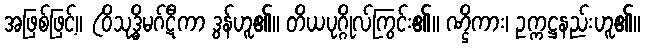
အဖြစ်ဖြင့်။ (ဝိသုဒ္ဓိမဂ်ဋီကာ ဒွန်ဟူ၏။ တိယပုဂ္ဂိုလ်ကြွင်း၏။ ဏ္ဌိကား၊ ဥက္ကဋ္ဌနည်းဟူ၏။